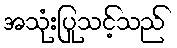
အသုံးပြုသင့်သည်